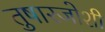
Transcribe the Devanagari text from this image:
तुषारजोशी